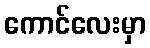
ကောင်လေးမှာ